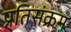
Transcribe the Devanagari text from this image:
प्रतिसंक्रम